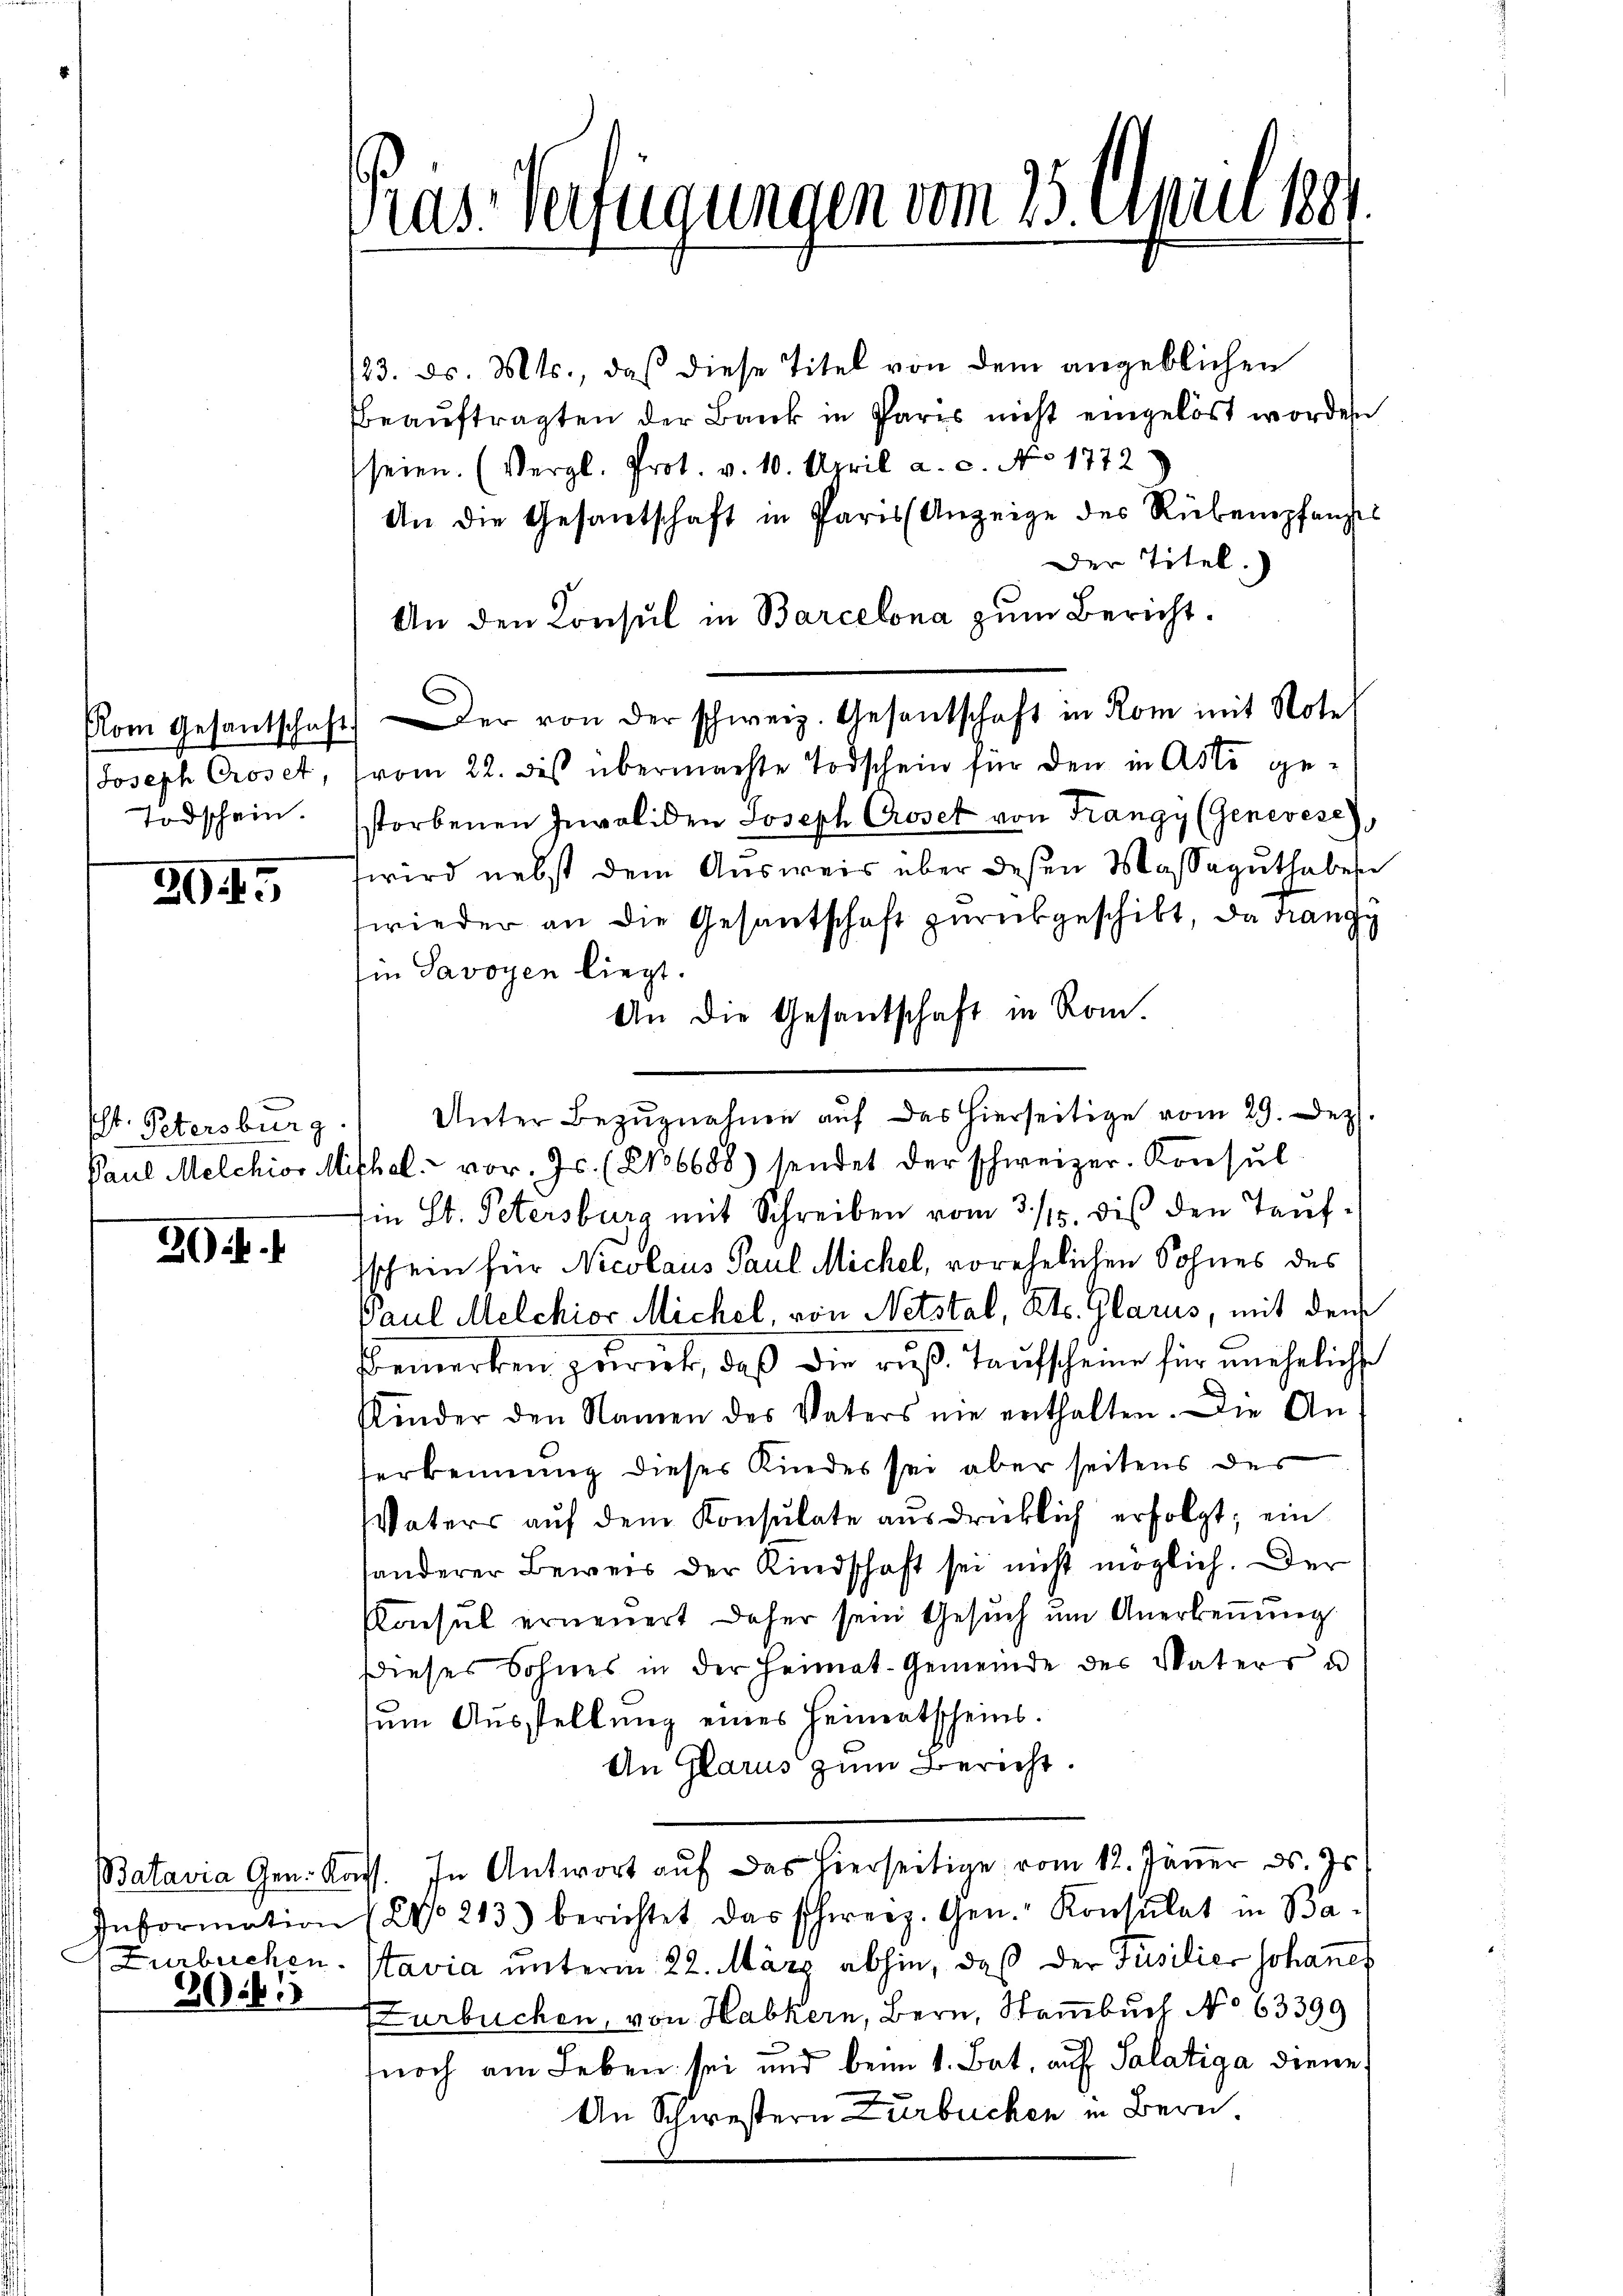
Todschein.

29.

Pt. Petersburg.

30.4.1

123. ds. Mts., daß diese Titel von dem angeblichen
Beauftragten der Bank in Par nicht eingelöst worden
seien. (Vergl. Prot. v. 10. April a. c. No 1772
An die Gesantschaft in Paris Anzeige des Rübempfanzes
Der Titel.
An den Konsul in Barcelona zum Bericht¬
Com Gesantschaft) der von der schweiz. Gesantschaft in Rom mit Note
Joseph Croset, (vom 22. des übermachte Todschein für den in Asti ge-
storbenen Invaliden Joseph Croset von Frangy (Genevese),
wird nebst dem Ausweis über deßen Massaguthaber
wieder an die Gesantschaft zurückgeschikt, da drange
Ein Savoyen liegt.
An die Gesandschaft in Rom
Unter Bezugnahmen auf das hierseitige vom 29. Dez.
Paul Melchior Mithel u vor. Js. (No 6688) sendet der schweizer. Konsul
Ein St. Petersburg mit Schreiben vom 3/16. dies den Taufsschein für Nicolaus Paul Michel, vorehelichen Sohnes des
Paul Melchior Michel, von Netstal, Kts. Glarus, mit dem
Bemerken zurück, daß die ruß. Taufscheine für uneheliche
Kinder den Namen des Vaters nie enthalten. Die An
erkennung dieser Kindes sei aber seitens des
Vaters auf dem Konsulate ausdrücklich erfolgt; ein
sonderer Beweis der Kindschaft sei nicht möglich. Der
Consul erneuert daher sein Gesuch um Anerkennung.
Dieses Sohnes in der Heimat-Gemeinde des Vaters u
sum Ausstellung eines Heimatscheins.
An Glarus zum Bericht.
Batavia Gen. Kass. In Antwort aŭf das hierseitige vom 12. Jäṅer d. Js.
Information (20 213) berichtet das schweiz. Gen. Konsulat in Ba¬
(Zurbuchen Stavia unterm 22. März abhin, daß der Füsilier Johanes
Zurbuchen, von Habkern, Bern, Stammbuch No 63399
noch am Leben sei und beim 1. Bat. auf Salatiga diene,
An Schwestern Zurbuchen in Bern

2016.

Das Verfügungen vom 25. einen 1889